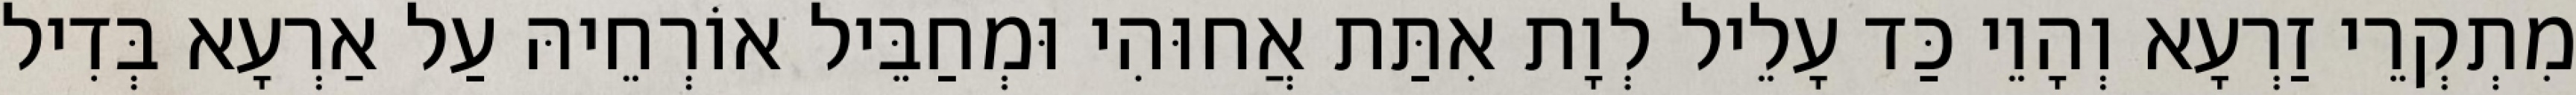
מִתְקְרֵי זַרְעָא וְהָוֵי כַּד עָלֵיל לְוָת אִתַּת אֲחוּהִי וּמְחַבֵּיל אוֹרְחֵיהּ עַל אַרְעָא בְּדִיל